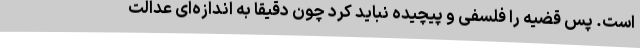
است. پس قضیه را فلسفی و پیچیده نباید کرد چون دقیقا به اندازه‌ای عدالت